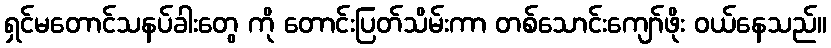
ရှင်မတောင်သနပ်ခါးတွေ ကို တောင်းပြတ်သိမ်းကာ တစ်သောင်းကျော်ဖိုး ဝယ်နေသည်။